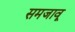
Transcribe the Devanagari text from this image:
समजावू